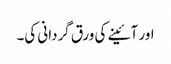
اور آئینے کی ورق گردانی کی۔